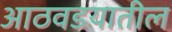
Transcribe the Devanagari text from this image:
आठवडयातील